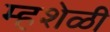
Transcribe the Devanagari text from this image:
म्हशेळी